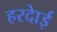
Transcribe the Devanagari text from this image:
हरदाेई